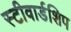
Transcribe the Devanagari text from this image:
स्टीवार्डशिप